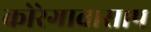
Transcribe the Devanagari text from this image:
कोरेगाव।साप